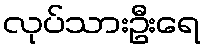
လုပ်သားဦးရေ